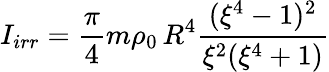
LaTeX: I_{irr}=\frac{\pi}{4}m\rho_{0}\, R^{4}\frac{(\xi^{4}-1)^{2}}{\xi^{2}(\xi^{4}+1)}